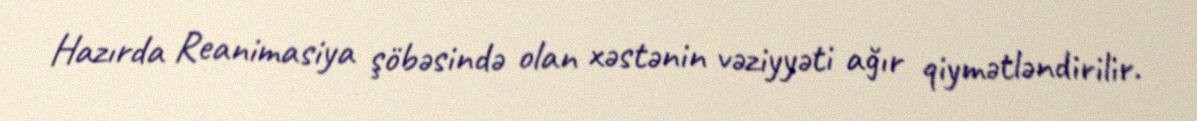
Hazırda Reanimasiya şöbəsində olan xəstənin vəziyyəti ağır qiymətləndirilir.